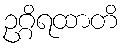
ဥဂ္ဂိရထာတိ